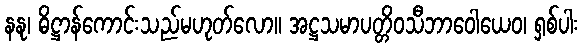
နနု၊ ဓိဋ္ဌာန်ကောင်းသည်မဟုတ်လော။ အဋ္ဌသမာပတ္တိဝသီဘာဝေါယေဝ၊ ရှစ်ပါး